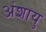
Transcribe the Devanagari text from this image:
अंशायु